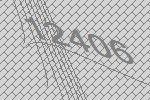
12406